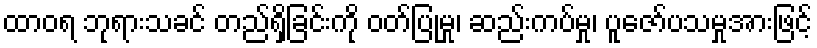
ထာဝရ ဘုရားသခင် တည်ရှိခြင်းကို ဝတ်ပြုမှု၊ ဆည်းကပ်မှု၊ ပူဇော်ပသမှုအားဖြင့်